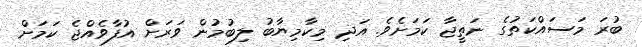
ބުރަ މަސައްކަތުގެ ނަތީޖާ ކަމަށެވެ. އަދި މިކާމިޔާބު ލިބުމުން ވަރަށް އުފާވެއްޖެ ކަމަށް